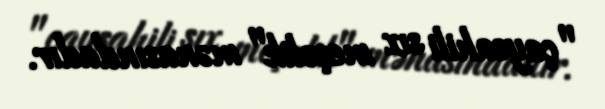
"çaysahili sıx meşəlik" mənasındadır.